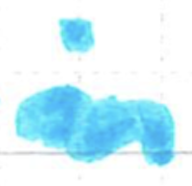
Text: in
Cross-out: wave
Writing tool: marker